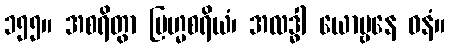
၁၅၅။ အစရိတွာ ဗြဟ္မစရိယံ၊ အလဒ္ဓါ ယောဗ္ဗနေ ဓနံ။